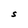
Character: S